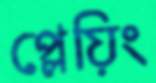
প্লেয়িং